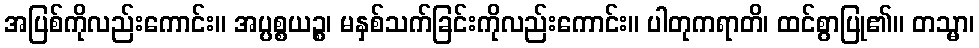
အပြစ်ကိုလည်းကောင်း။ အပ္ပစ္စယဉ္စ၊ မနှစ်သက်ခြင်းကိုလည်းကောင်း။ ပါတုကရာတိ၊ ထင်စွာပြု၏။ တသ္မာ၊